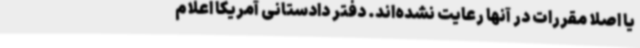
یا اصلا مقررات در آنها رعایت نشده‌اند. دفتر دادستانی آمریکا اعلام